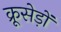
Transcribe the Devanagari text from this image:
क्रूसेड़ों